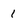
Character: 1